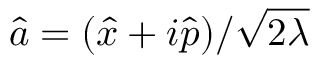
\hat { a } = ( \hat { x } + i \hat { p } ) / \sqrt { 2 \lambda }